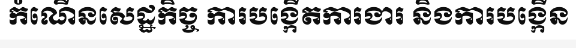
កំណើនសេដ្ឋកិច្ច ការបង្កើតការងារ និងការបង្កើន